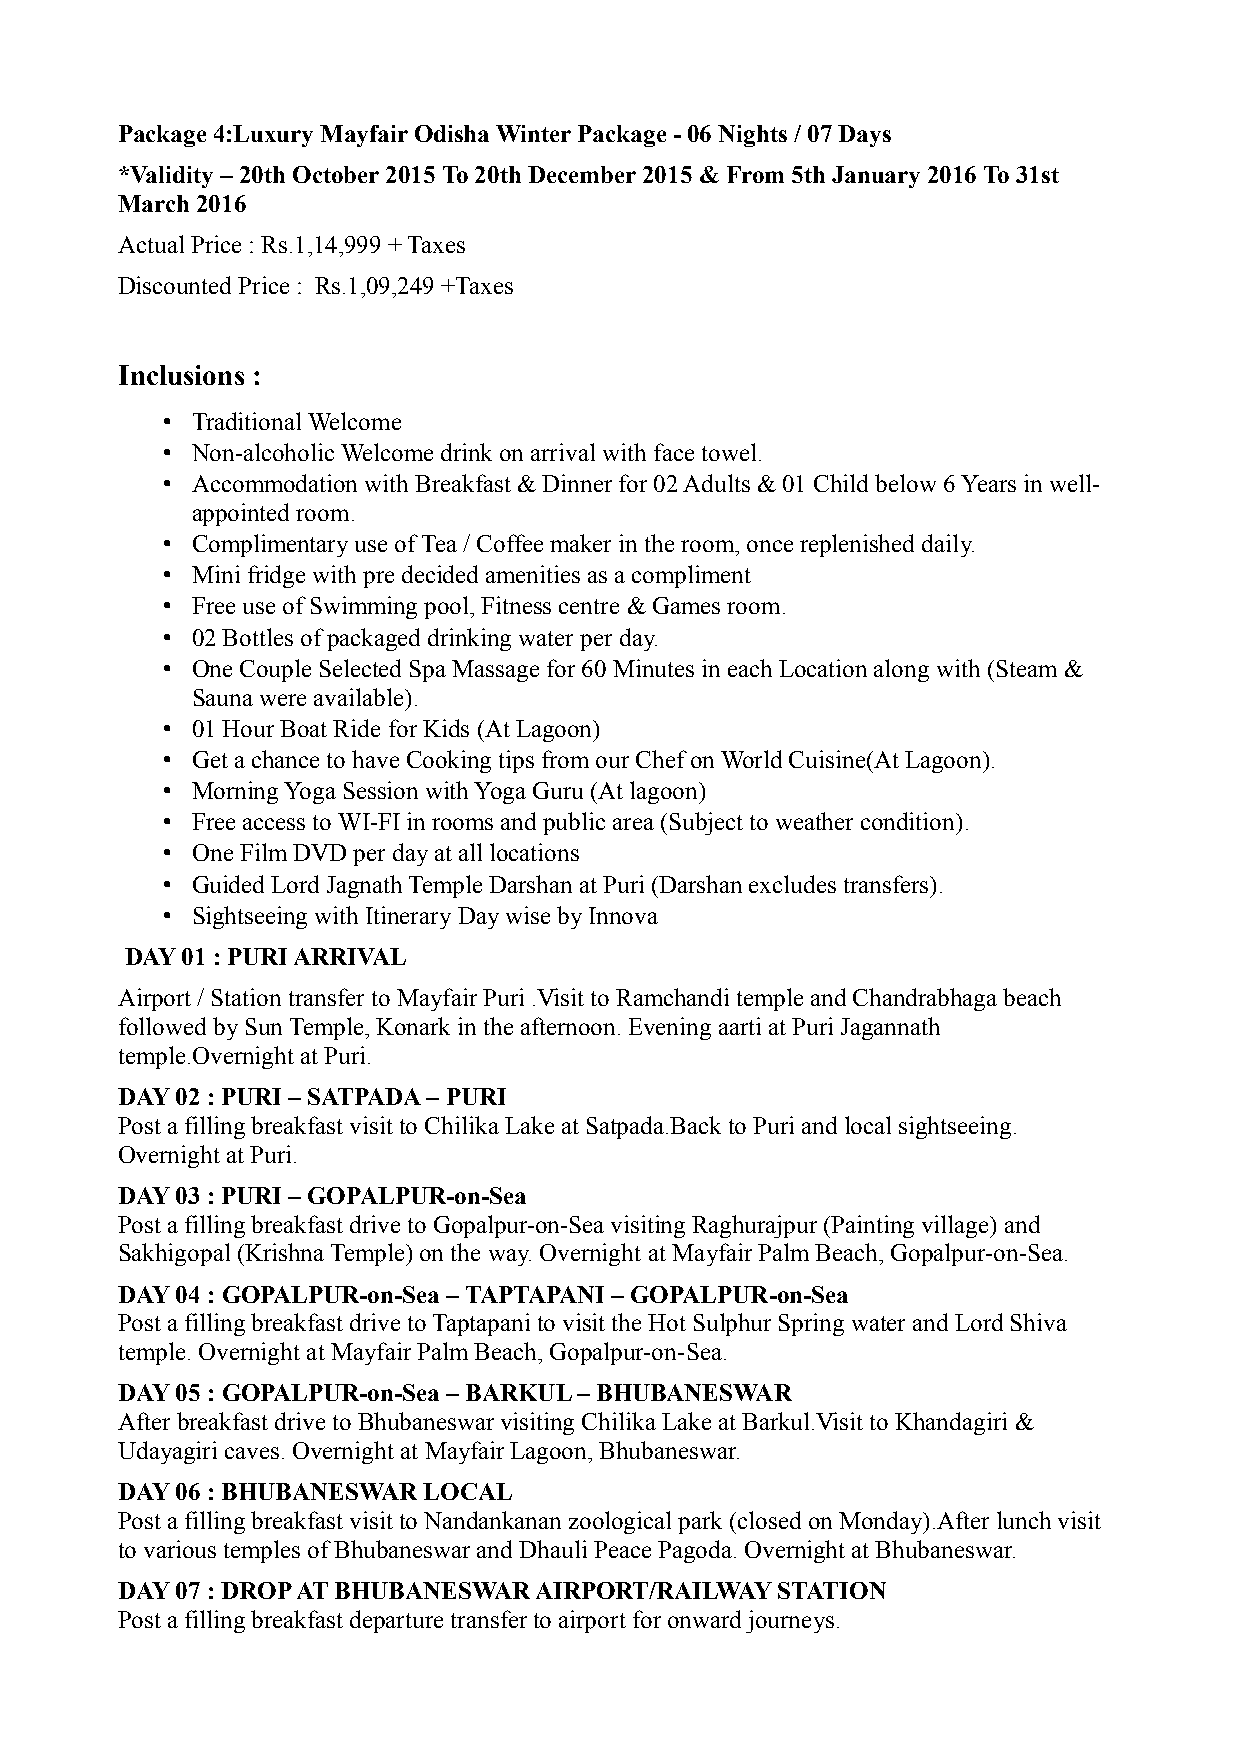
Package 4:Luxury Mayfair Odisha Winter Package - 06 Nights / 07 Days
 *Validity – 20th October 2015 To 20th December 2015 & From 5th January 2016 To 31st
 March 2016
 Actual Price : Rs.1,14,999 + Taxes
 Discounted Price : Rs.1,09,249 +Taxes
 Inclusions :
 • Traditional Welcome
 • Non-alcoholic Welcome drink on arrival with face towel.
 • Accommodation with Breakfast & Dinner for 02 Adults & 01 Child below 6 Years in well-
 appointed room.
 • Complimentary use of Tea / Coffee maker in the room, once replenished daily.
 • Mini fridge with pre decided amenities as a compliment
 • Free use of Swimming pool, Fitness centre & Games room.
 • 02 Bottles of packaged drinking water per day.
 • One Couple Selected Spa Massage for 60 Minutes in each Location along with (Steam &
 Sauna were available).
 • 01 Hour Boat Ride for Kids (At Lagoon)
 • Get a chance to have Cooking tips from our Chef on World Cuisine(At Lagoon).
 • Morning Yoga Session with Yoga Guru (At lagoon)
 • Free access to WI-FI in rooms and public area (Subject to weather condition).
 • One Film DVD per day at all locations
 • Guided Lord Jagnath Temple Darshan at Puri (Darshan excludes transfers).
 • Sightseeing with Itinerary Day wise by Innova
 DAY 01 : PURI ARRIVAL
 Airport / Station transfer to Mayfair Puri .Visit to Ramchandi temple and Chandrabhaga beach
 followed by Sun Temple, Konark in the afternoon. Evening aarti at Puri Jagannath
 temple.Overnight at Puri.
 DAY 02 : PURI – SATPADA – PURI
 Post a filling breakfast visit to Chilika Lake at Satpada.Back to Puri and local sightseeing.
 Overnight at Puri.
 DAY 03 : PURI – GOPALPUR-on-Sea
 Post a filling breakfast drive to Gopalpur-on-Sea visiting Raghurajpur (Painting village) and
 Sakhigopal (Krishna Temple) on the way. Overnight at Mayfair Palm Beach, Gopalpur-on-Sea.
 DAY 04 : GOPALPUR-on-Sea – TAPTAPANI – GOPALPUR-on-Sea
 Post a filling breakfast drive to Taptapani to visit the Hot Sulphur Spring water and Lord Shiva
 temple. Overnight at Mayfair Palm Beach, Gopalpur-on-Sea.
 DAY 05 : GOPALPUR-on-Sea – BARKUL – BHUBANESWAR
 After breakfast drive to Bhubaneswar visiting Chilika Lake at Barkul.Visit to Khandagiri &
 Udayagiri caves. Overnight at Mayfair Lagoon, Bhubaneswar.
 DAY 06 : BHUBANESWAR LOCAL
 Post a filling breakfast visit to Nandankanan zoological park (closed on Monday).After lunch visit
 to various temples of Bhubaneswar and Dhauli Peace Pagoda. Overnight at Bhubaneswar.
 DAY 07 : DROP AT BHUBANESWAR AIRPORT/RAILWAY STATION
 Post a filling breakfast departure transfer to airport for onward journeys.